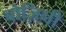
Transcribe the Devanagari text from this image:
बोज़िनी